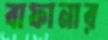
বাফানার